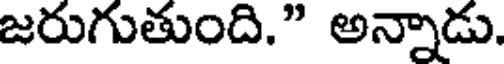
జరుగుతుంది." అన్నాడు.